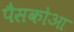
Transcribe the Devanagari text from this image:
पैसकोआ